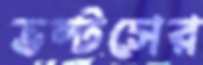
ভল্টসের